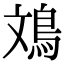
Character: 鳼